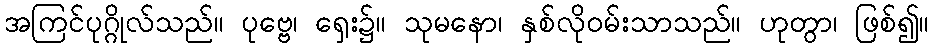
အကြင်ပုဂ္ဂိုလ်သည်။ ပုဗ္ဗေ၊ ရှေး၌။ သုမနော၊ နှစ်လိုဝမ်းသာသည်။ ဟုတွာ၊ ဖြစ်၍။